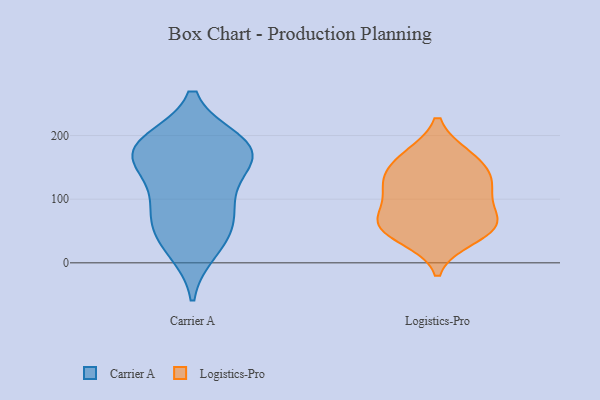
{"axis": {"x": "Conversion Rate (%)", "y": "Value"}, "legend": ["Carrier A", "Logistics-Pro"], "data": [{"x": "", "y": 80, "type": "Carrier A"}, {"x": "", "y": 184, "type": "Carrier A"}, {"x": "", "y": 62, "type": "Carrier A"}, {"x": "", "y": 128, "type": "Carrier A"}, {"x": "", "y": 165, "type": "Carrier A"}, {"x": "", "y": 177, "type": "Carrier A"}, {"x": "", "y": 177, "type": "Carrier A"}, {"x": "", "y": 21, "type": "Carrier A"}, {"x": "", "y": 36, "type": "Carrier A"}, {"x": "", "y": 189, "type": "Carrier A"}, {"x": "", "y": 168, "type": "Carrier A"}, {"x": "", "y": 89, "type": "Carrier A"}, {"x": "", "y": 109, "type": "Logistics-Pro"}, {"x": "", "y": 64, "type": "Logistics-Pro"}, {"x": "", "y": 57, "type": "Logistics-Pro"}, {"x": "", "y": 166, "type": "Logistics-Pro"}, {"x": "", "y": 116, "type": "Logistics-Pro"}, {"x": "", "y": 127, "type": "Logistics-Pro"}, {"x": "", "y": 167, "type": "Logistics-Pro"}, {"x": "", "y": 63, "type": "Logistics-Pro"}, {"x": "", "y": 62, "type": "Logistics-Pro"}, {"x": "", "y": 140, "type": "Logistics-Pro"}, {"x": "", "y": 40, "type": "Logistics-Pro"}]}